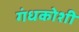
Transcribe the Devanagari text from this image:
गंधकोशी